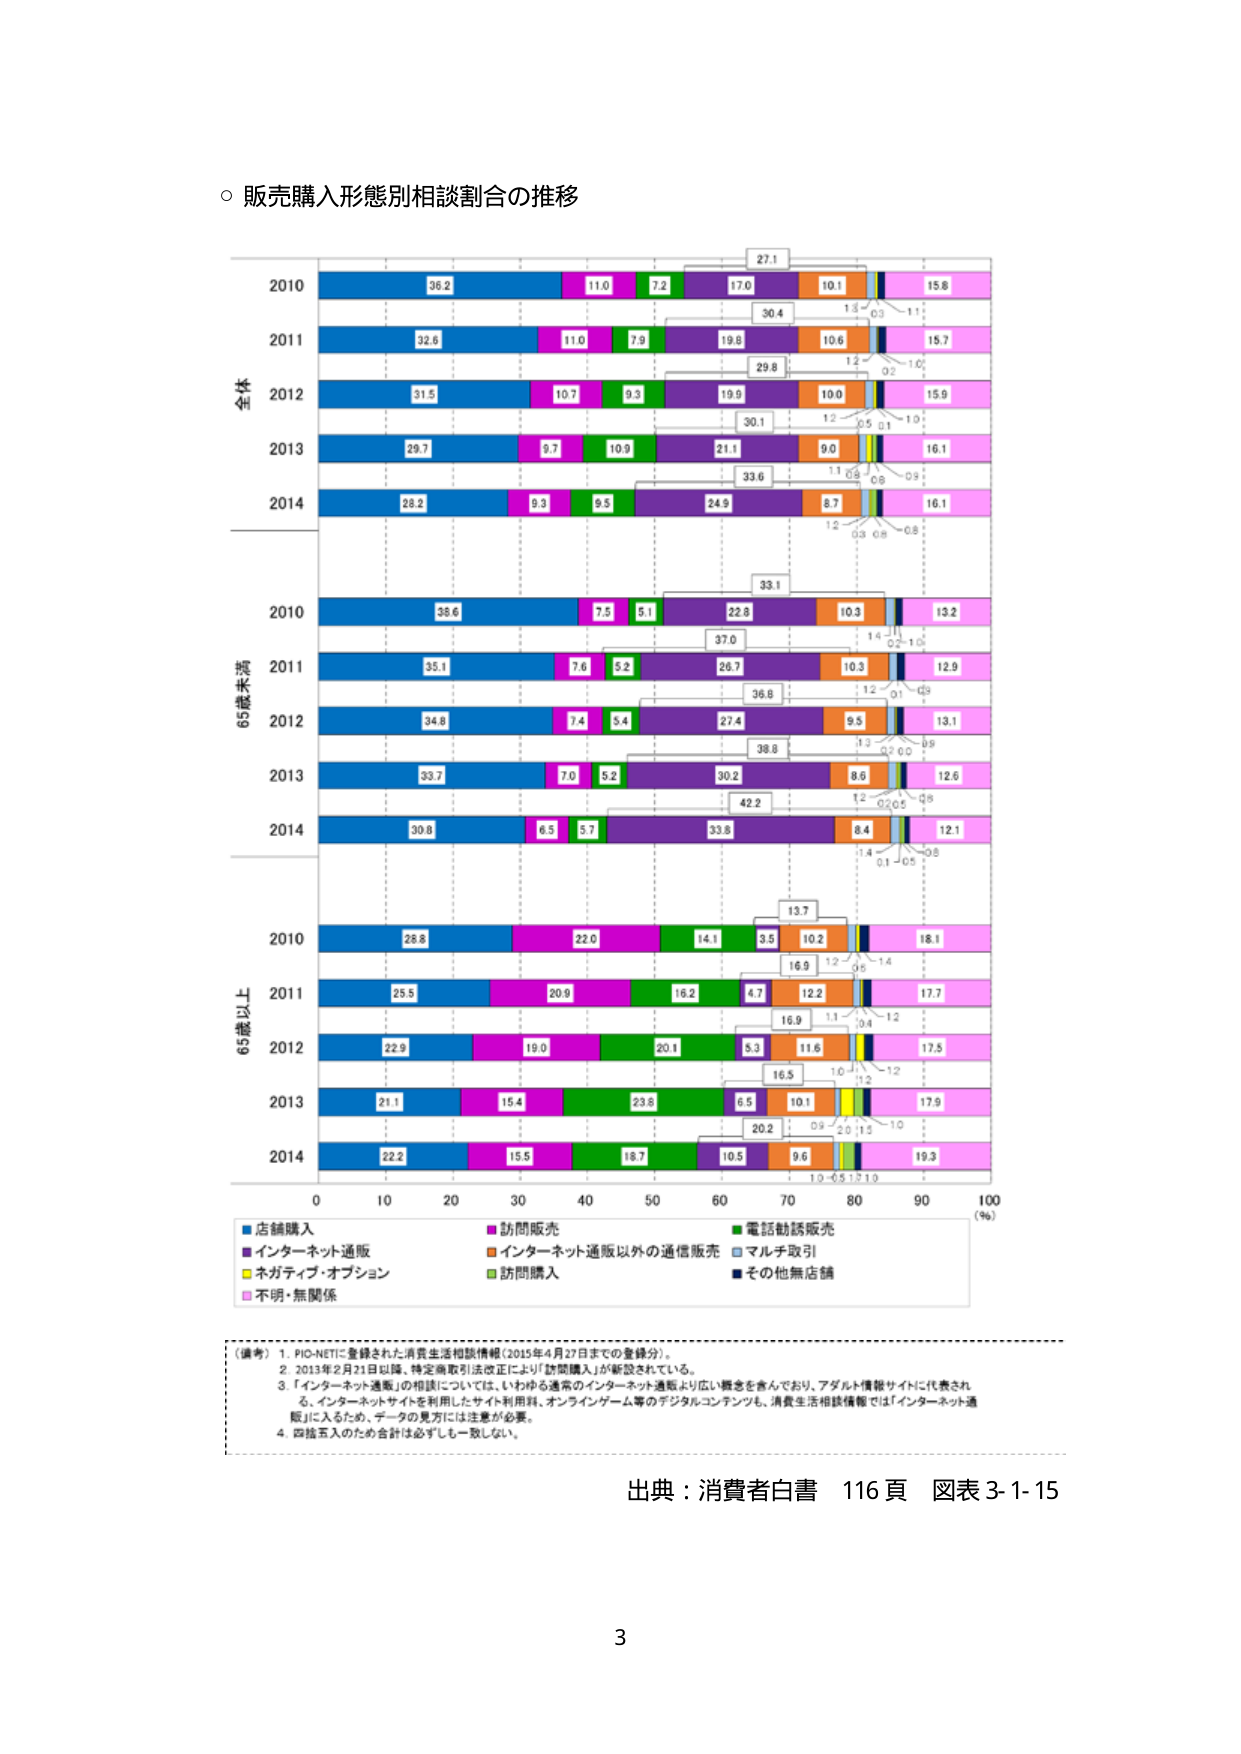
○ 販売購入形態別相談割合の推移

全体
2010 36.2 11.0 7.2 17.0 10.1 1.3 0.3 1.1 15.8
2011 32.6 11.0 7.9 19.8 10.6 1.2 0.2 1.0 15.7
2012 31.5 10.7 9.3 19.9 10.0 1.2 0.5 0.1 1.0 15.9
2013 29.7 9.7 10.9 21.1 9.0 1.1 0.9 0.9 16.1
2014 28.2 9.3 9.5 24.9 8.7 1.2 0.3 0.9 0.8 16.1

65歳未満
2010 38.6 7.5 5.1 22.8 10.3 1.4 0.2 1.0 13.2
2011 35.1 7.6 5.2 26.7 10.3 1.2 0.1 0.9 12.9
2012 34.8 7.4 5.4 27.4 9.5 1.3 0.2 0.0 0.9 13.1
2013 33.7 7.0 5.2 30.2 8.6 1.2 0.2 0.5 0.8 12.6
2014 39.8 6.5 5.7 33.8 8.4 1.4 0.1 0.5 0.8 12.1

65歳以上
2010 28.8 22.0 14.1 3.5 10.2 1.2 0.6 1.4 18.1
2011 25.5 20.9 16.2 4.7 12.2 1.1 0.4 1.2 17.7
2012 22.9 19.0 20.1 5.3 11.6 1.0 1.2 1.2 17.5
2013 21.1 15.4 23.8 6.5 10.1 0.9 2.0 1.5 1.0 17.9
2014 22.2 15.5 18.7 10.5 9.6 1.0 0.5 1.7 1.0 19.3

0 10 20 30 40 50 60 70 80 90 100 (%)

■店舗購入 ■訪問販売 ■電話勧誘販売
■インターネット通販 ■インターネット通販以外の通信販売 ■マルチ取引
■ネガティブ・オプション ■訪問購入 ■その他無店舗
■不明・無関係

（備考）1. PIO-NETに登録された消費生活相談情報（2015年4月27日までの登録分）。
2. 2013年2月21日以降、特定商取引法改正により「訪問購入」が新設されている。
3. 「インターネット通販」の相談については、いわゆる通常のインターネット通販より広い概念を含んでおり、アダルト情報サイトに代表される、インターネットサイトを利用したサイト利用料、オンラインゲーム等のデジタルコンテンツも、消費生活相談情報では「インターネット通販」に入るため、データの見方は注意が必要。
4. 四捨五入のため合計は必ずしも一致しない。

出典：消費者白書 116頁 図表3-1-15

3